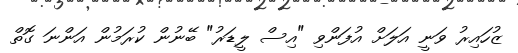
ޒުހައިރު ވަނީ އަލަށް އުފަންވި "އިސް ލީޑަރު" ބޭނުން ކުރަމުން އަންނަ ގޮތް